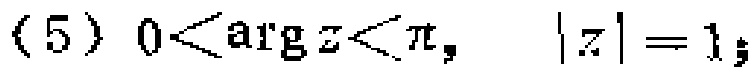
(5) \(0<\arg z<\pi,\quad |z| = 1;\)